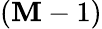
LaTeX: (\mathbf{M}-1)